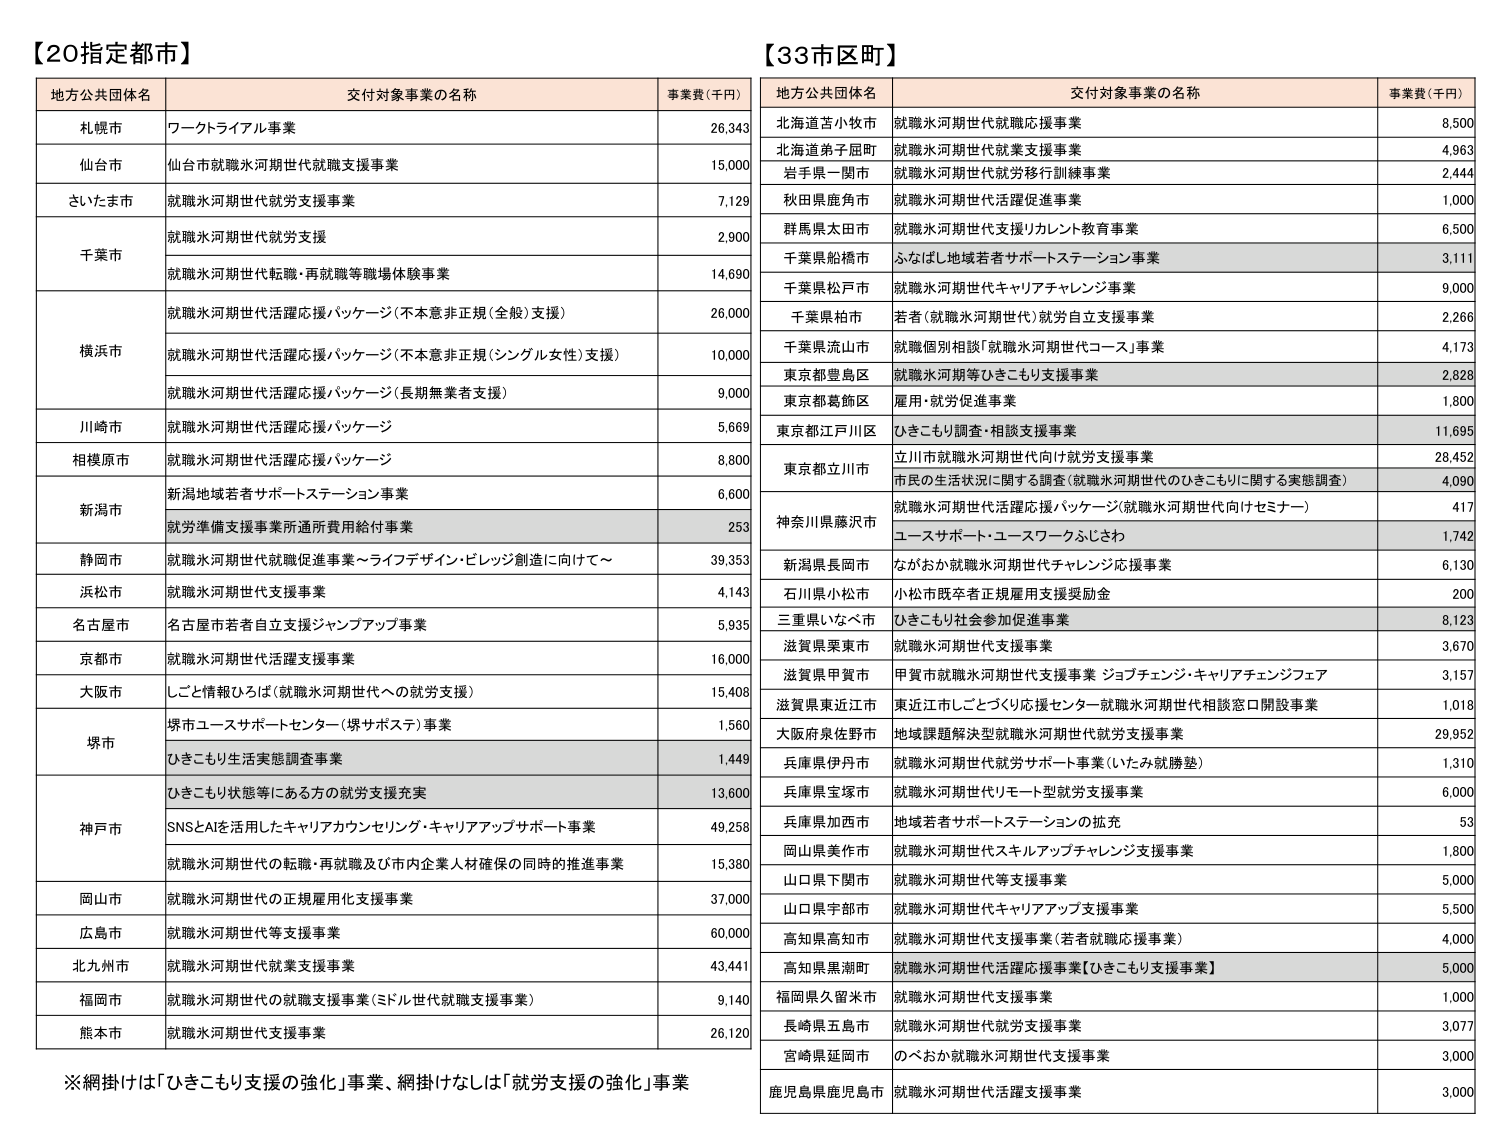
【20指定都市】
地方公共団体名　交付対象事業の名称　事業費（千円）
札幌市　ワークトライアル事業　26,343
仙台市　仙台市就職氷河期世代就職支援事業　15,000
さいたま市　就職氷河期世代就労支援事業　7,129
千葉市　就職氷河期世代就労支援　2,900
　　　就職氷河期世代転職・再就職等職場体験事業　14,690
横浜市　就職氷河期世代活躍応援パッケージ（不本意非正規（全般）支援）　26,000
　　　就職氷河期世代活躍応援パッケージ（不本意非正規（シングル女性）支援）　10,000
　　　就職氷河期世代活躍応援パッケージ（長期無業者支援）　9,000
川崎市　就職氷河期世代活躍応援パッケージ　5,669
相模原市　就職氷河期世代活躍応援パッケージ　8,800
新潟市　新潟地域若者サポートステーション事業　6,600
　　　就労準備支援事業所運営費用給付事業　253
静岡市　就職氷河期世代就職促進事業～ライフデザイン・ビレッジ創造に向けて～　39,353
浜松市　就職氷河期世代支援事業　4,143
名古屋市　名古屋市若者自立支援ジャンプアップ事業　5,935
京都市　就職氷河期世代活躍支援事業　16,000
大阪市　しごと情報ひろば（就職氷河期世代への就労支援）　15,408
堺市　堺市ユースサポートセンター（堺サポステ）事業　1,560
　　　ひきこもり生活実態調査事業　1,449
　　　ひきこもり状態等にある方の就労支援充実　13,600
神戸市　SNSとAIを活用したキャリアカウンセリング・キャリアアップサポート事業　49,258
　　　就職氷河期世代の転職・再就職及び市内企業人材確保の同時的推進事業　15,380
岡山市　就職氷河期世代の正規雇用化支援事業　37,000
広島市　就職氷河期世代等支援事業　60,000
北九州市　就職氷河期世代就業支援事業　43,441
福岡市　就職氷河期世代の就職支援事業（ミドル世代就職支援事業）　9,140
熊本市　就職氷河期世代支援事業　26,120

【33市区町】
地方公共団体名　交付対象事業の名称　事業費（千円）
北海道苫小牧市　就職氷河期世代就職応援事業　8,500
北海道弟子屈町　就職氷河期世代就業支援事業　4,963
岩手県一関市　就職氷河期世代就労移行訓練事業　2,444
秋田県鹿角市　就職氷河期世代活躍促進事業　1,000
群馬県太田市　就職氷河期世代支援リカレント教育事業　6,500
千葉県船橋市　ふなばし地域若者サポートステーション事業　3,111
千葉県松戸市　就職氷河期世代キャリアチャレンジ事業　9,000
千葉県柏市　若者（就職氷河期世代）就労自立支援事業　2,266
千葉県流山市　就職個別相談「就職氷河期世代コース」事業　4,173
東京都豊島区　就職氷河期等ひきこもり支援事業　2,828
東京都葛飾区　雇用・就労促進事業　1,800
東京都江戸川区　ひきこもり調査・相談支援事業　11,695
東京都立川市　立川市就職氷河期世代向け就労支援事業　28,452
　　　市民の生活状況に関する調査（就職氷河期世代のひきこもりに関する実態調査）　4,090
神奈川県藤沢市　就職氷河期世代活躍応援パッケージ（就職氷河期世代向けセミナー）　417
　　　ユースサポート・ユースワークふじさわ　1,742
新潟県長岡市　ながおか就職氷河期世代チャレンジ応援事業　6,130
石川県小松市　小松市既卒者正規雇用支援奨励金　200
三重県いなべ市　ひきこもり社会参加促進事業　8,123
滋賀県栗東市　就職氷河期世代支援事業　3,670
滋賀県甲賀市　甲賀市就職氷河期世代支援事業 ジョブチェンジ・キャリアチェンジフェア　3,157
滋賀県東近江市　東近江市しごとづくり応援センター就職氷河期世代相談窓口開設事業　1,018
大阪府泉佐野市　地域課題解決型就職氷河期世代就労支援事業　29,952
兵庫県伊丹市　就職氷河期世代就労サポート事業（いたみ就勝塾）　1,310
兵庫県宝塚市　就職氷河期世代リモート型就労支援事業　6,000
兵庫県加西市　地域若者サポートステーションの拡充　53
岡山県美作市　就職氷河期世代スキルアップチャレンジ支援事業　1,800
山口県下関市　就職氷河期世代等支援事業　5,000
山口県宇部市　就職氷河期世代キャリアアップ支援事業　5,500
高知県高知市　就職氷河期世代支援事業（若者就職応援事業）　4,000
高知県黒潮町　就職氷河期世代活躍応援事業【ひきこもり支援事業】　5,000
福岡県久留米市　就職氷河期世代支援事業　1,000
長崎県五島市　就職氷河期世代就労支援事業　3,077
宮崎県延岡市　のべおか就職氷河期世代支援事業　3,000
鹿児島県鹿児島市　就職氷河期世代活躍支援事業　3,000

※網掛けは「ひきこもり支援の強化」事業、網掛けなしは「就労支援の強化」事業